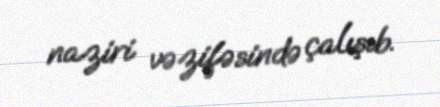
naziri vəzifəsində çalışıb.